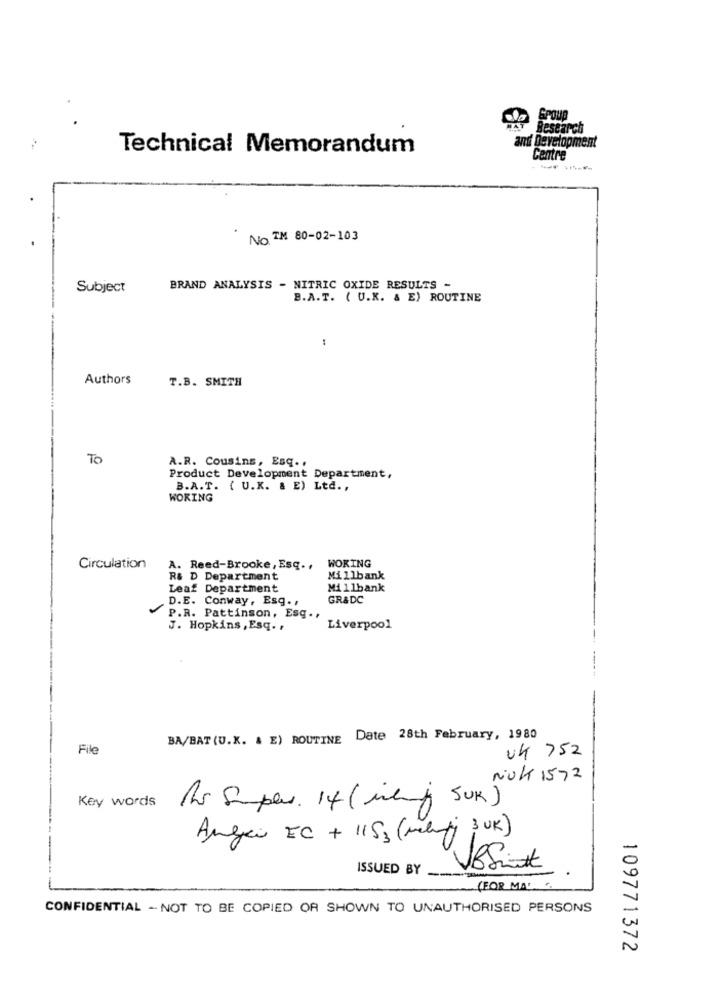
Research
Technical Memorandum
and Development
Centre
------
NO. TM 80-02-103
Subject
BRAND ANALYSIS - NITRIC OXIDE RESULTS -
B.A.T. ( U.K. & E) ROUTINE
Authors
T.B. SMITH
To
A.R. Cousins, Esq ..
Product Development Department,
B.A. T. { U.K. & E) Ltd. ,
WOKING
WOKING
Circulation
A. Reed-Brooke, Esq ..
R& D Department
Millbank
Leaf Department
Millbank
. D.E. Conway, Esq. .
GR&DC
1
P.R. Pattinson, Esq .,
J. Hopkins , Esq. .
Liverpool
BA/BAT (U.K. & E) ROUTINE Date 28th February, 1980
File
UK 752
Nok 1572
Key words
Rs Super. 14 (ilij SUR)
Angri EC + 1153 (miluj 3 UK)
VBSint
ISSUED BY
(FOR MA))
CONFIDENTIAL - NOT TO BE COPIED OR SHOWN TO UNAUTHORISED PERSONS
109771372